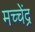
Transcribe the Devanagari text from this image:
मच्चेंद्र